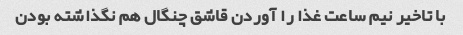
با تاخیر نیم ساعت غذا را آوردن قاشق چنگال هم نگذاشته بودن